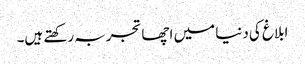
ابلاغ کی دنیا میں اچھا تجربہ رکھتے ہیں۔